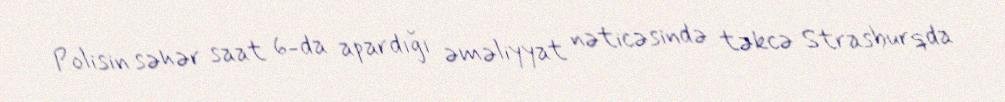
Polisin səhər saat 6-da apardığı əməliyyat nəticəsində təkcə Strasburqda